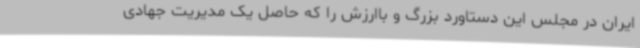
ایران در مجلس این دستاورد بزرگ و باارزش را که حاصل یک مدیریت جهادی